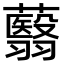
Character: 蘙